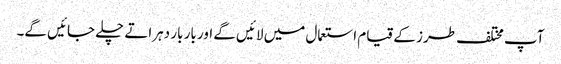
آپ مختلف طرز کے قیام استعمال میں لائیں گے اور بار بار دہراتے چلے جائیں گے۔